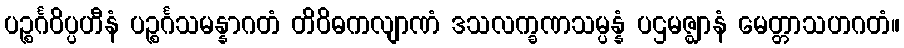
ပဉ္စင်္ဂဝိပ္ပဟီနံ ပဉ္စင်္ဂသမန္နာဂတံ တိဝိဓကလျာဏံ ဒသလက္ခဏသမ္ပန္နံ ပဌမဇ္ဈာနံ မေတ္တာသဟဂတံ။